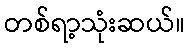
တစ်ရာ့သုံးဆယ်။